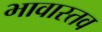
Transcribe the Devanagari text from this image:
भावास्तव